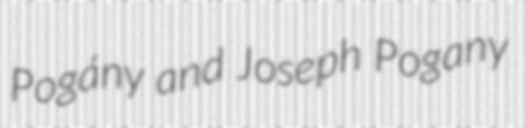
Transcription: Pogány and Joseph Pogany